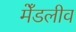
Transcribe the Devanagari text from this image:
मेँडलीव